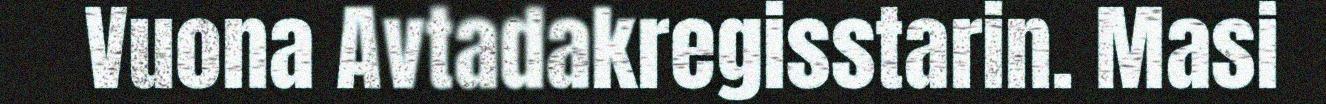
Vuona Avtadakregisstarin. Masi